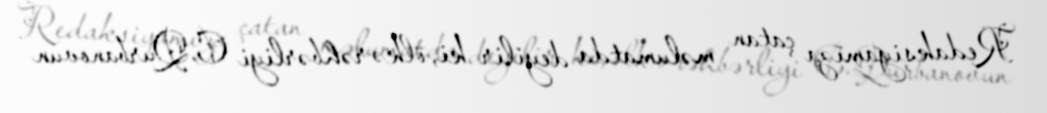
Redaksiyamıza çatan məlumatda deyilir ki, ölkə rəhbərliyi C.Qurbanovun